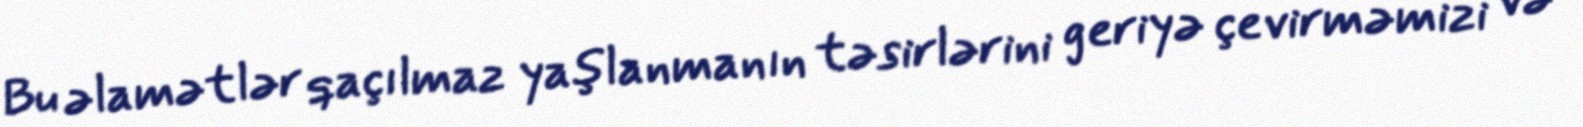
Bu əlamətlər qaçılmaz yaşlanmanın təsirlərini geriyə çevirməmizi və